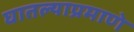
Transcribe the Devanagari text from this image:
घातल्याप्रमाणे